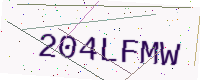
Text: 204LFMW